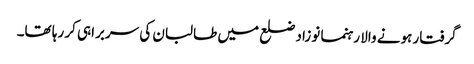
گرفتار ہونے والا رہنما نوزاد ضلع میں طالبان کی سربراہی کر رہا تھا۔